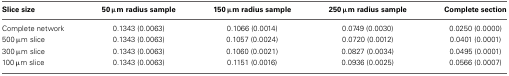
<table><thead><tr><td><b>Slice size</b></td><td><b>50 μm radius sample</b></td><td><b>150 μm radius sample</b></td><td><b>250 μm radius sample</b></td><td><b>Complete section</b></td></tr></thead><tbody><tr><td>Complete network</td><td>0.1343 (0.0063)</td><td>0.1066 (0.0014)</td><td>0.0749 (0.0030)</td><td>0.0250 (0.0000)</td></tr><tr><td>500 μm slice</td><td>0.1343 (0.0063)</td><td>0.1057 (0.0024)</td><td>0.0720 (0.0012)</td><td>0.0401 (0.0001)</td></tr><tr><td>300 μm slice</td><td>0.1343 (0.0063)</td><td>0.1060 (0.0021)</td><td>0.0827 (0.0034)</td><td>0.0495 (0.0001)</td></tr><tr><td>100 μm slice</td><td>0.1343 (0.0063)</td><td>0.1151 (0.0016)</td><td>0.0936 (0.0025)</td><td>0.0566 (0.0007)</td></tr></tbody></table>